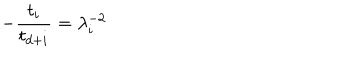
- { \frac { t _ { i } } { t _ { d + i } } } = \lambda _ { i } ^ { - 2 }